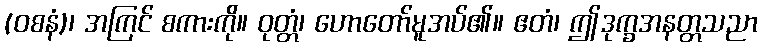
(ဝစနံ)၊ အကြင် စကားကို။ ဝုတ္တံ၊ ဟောတော်မူအပ်၏။ ဧတံ၊ ဤဒုက္ခအနတ္တသညာ